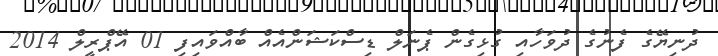
ދުނިޔޭގެ ފެނުގެ ދުވަހާއި ގުޅިގެން ޕެނަލް ޑިސްކަޝަންއެއް ބާއްވައިފި 01 އޭޕްރީލް 2014